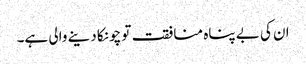
ان کی بے پناہ منافقت تو چونکا دینے والی ہے۔